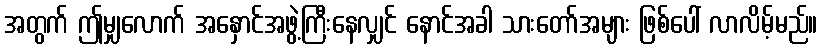
အတွက် ဤမျှလောက် အနှောင်အဖွဲ့ကြီးနေလျှင် နောင်အခါ သားတော်အများ ဖြစ်ပေါ် လာလိမ့်မည်။